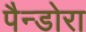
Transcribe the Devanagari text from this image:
पैन्डोरा